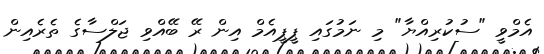
އެމްވީ "ސުކުރިއްޔާ" މި ނަމުގައި ޕީޕީއެމް އިން ރޭ ބޭއްވި ޖަލްސާގެ ތެރެއިން